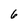
Character: 6